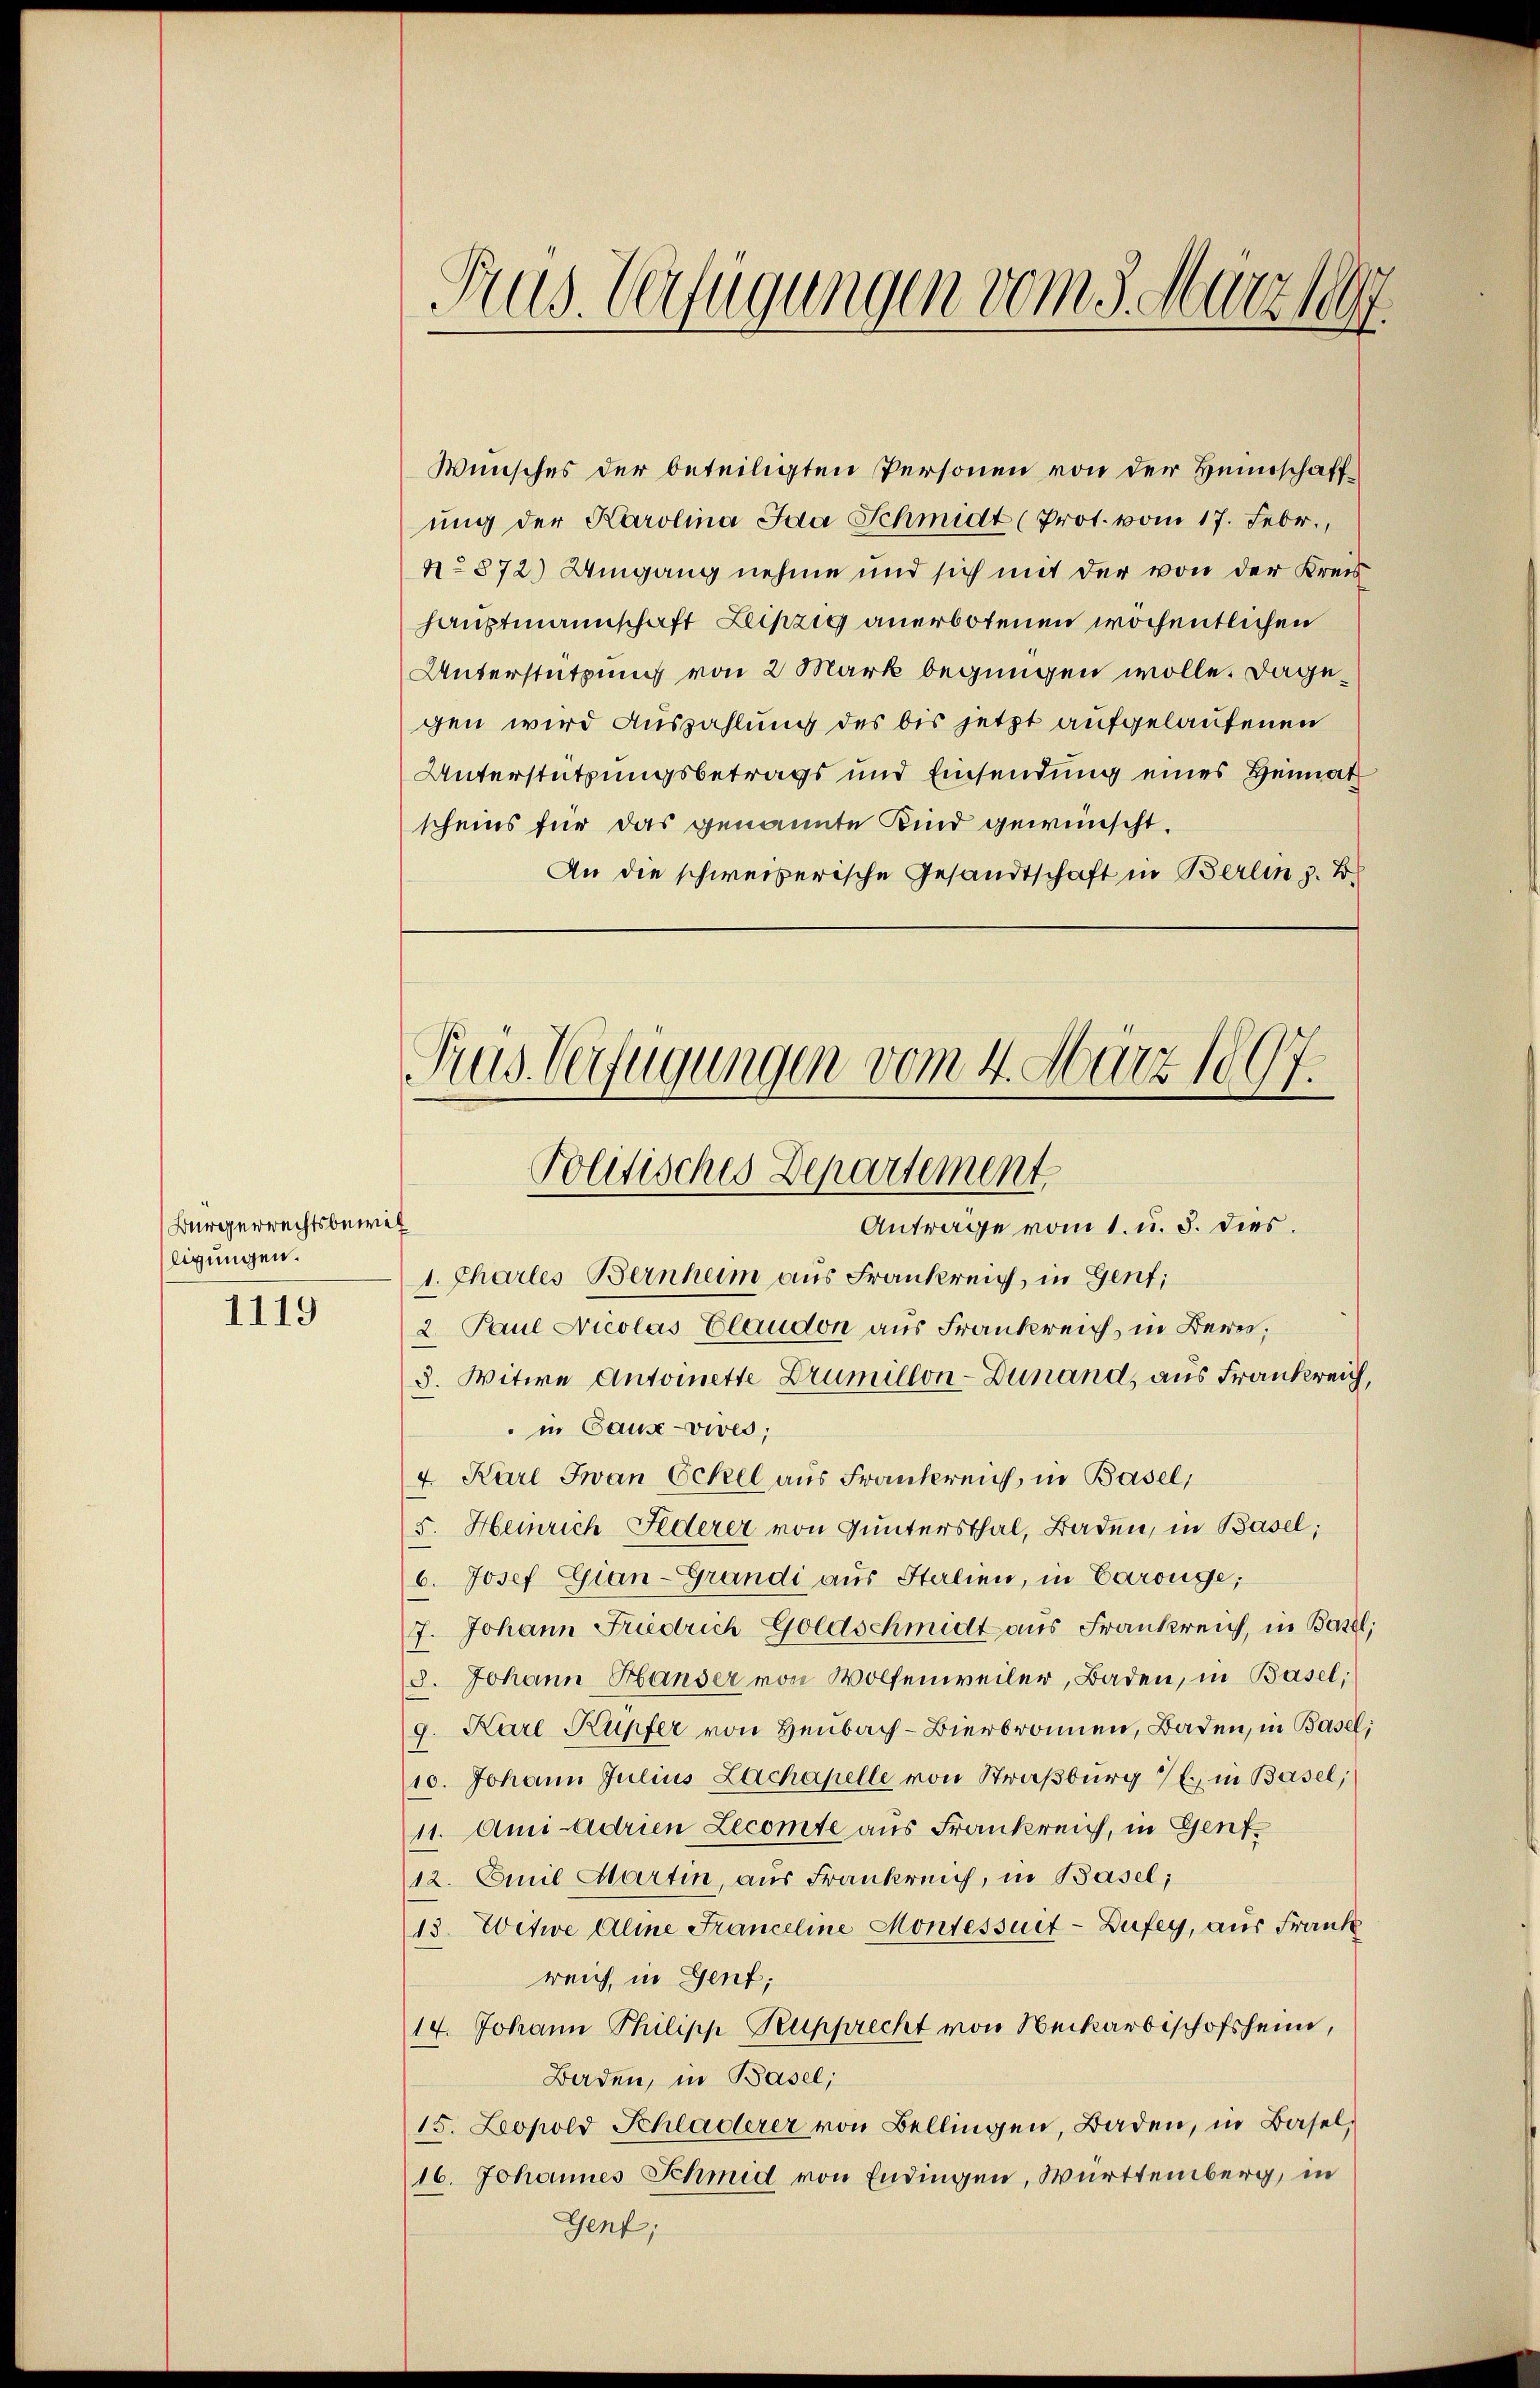
Bürgerrechtsbewil
ligungen.
1119

Wunsches der beteiligten Personen von der Heimschaffung der Karolina Jaa Schmidt (Prot. vom 17. Febr.,
No 872) Umgang nehme und sich mit der von der Kreis
hauptmannschaft Leipzig anerbotenen wöchentlichen
Unterstützung von 2 Mark begnügen wolle. Dagegen wird Auszahlung des bis jetzt aufgelaufenen
Unterstützungsbetrags und Einsendung eines Heimat
scheins für das genannte Kind gewünscht.
An die schweizerische Gesandtschaft in Berlin z. B.

Rus. Verfügungen vom 5. März 1897.

Fres Verfügungen vom 4. März 1897.
Politisches Departement

Anträge vom 1. u. 8. dies.
1. Chartes Bernheim aus Frankreich, in Gent;
2. Paul Nicolas Claudon aus Frankreich, in Bern,
3. Witwe Antoinette Drumillon-Dunand, aus Frankreich,
in Cause vives;
4. Karl Jwan Eckel aus Frankreich, in Basel,
5. Heinrich Federer von Guntersthal, Baden, in Basel;
b. Josef Gian-Grandi aus Stalien, in Caroüge;
7. Johann Friedrich Goldschmidt aus Frankreich, in Basel;
8. Johann Hanser von Wolfenweiler, Baden, in Basel,
g. Karl Kupfer von Heubach- Bierbronnen, Baden, in Basel;
10. Johann Julius Zachapelle von Straßburg 7 in Basel,
11. Ami-Adrien Zecomte aus Frankreich, in Genf
12. Emil Martin, aus Frankreich, in Basel;
13. Witwe Aline Franceline Montessuet-Dufey, aus Frank
reich, in Genf;
14. Johann Philipp Rupprecht von Neckarbischofsheim,
Baden, in Basel,
15. Leopold Schladlerer von Bellingen, Baden, in Basel,
16. Johannes Schmid von Endingen, Württemberg, in
Gent;